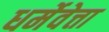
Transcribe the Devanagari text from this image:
धर्मेवेत्ता